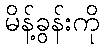
မိန့်ခွန်းကို